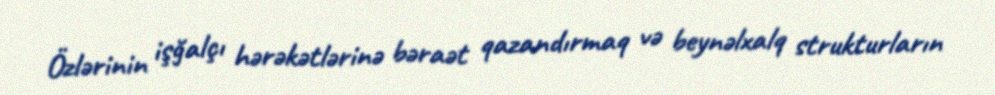
Özlərinin işğalçı hərəkətlərinə bəraət qazandırmaq və beynəlxalq strukturların